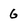
Character: G